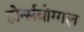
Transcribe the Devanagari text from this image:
होर्न्सवोग्गल